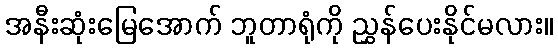
အနီးဆုံးမြေအောက် ဘူတာရုံကို ညွှန်ပေးနိုင်မလား။